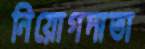
নিয়োগদাতা